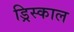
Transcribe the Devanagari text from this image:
ड्रिस्काल